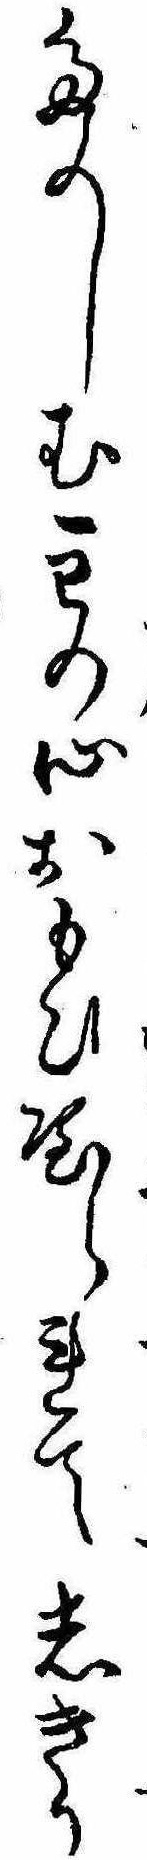
たのしむ主の心おもひやられてしきり